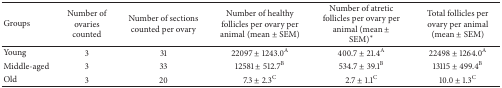
<table><thead><tr><td><b>Groups</b></td><td><b>Number of ovaries counted</b></td><td><b>Number of sections counted per ovary</b></td><td><b>Number of healthy follicles per ovary per animal (mean ± SEM)</b></td><td><b>Number of atretic follicles per ovary per animal (mean ± SEM)<sup><i>∗</i></sup></b></td><td><b>Total follicles per ovary per animal (mean ± SEM)</b></td></tr></thead><tbody><tr><td>Young</td><td>3</td><td>31</td><td>22097 ± 1243.0<sup>A</sup></td><td>400.7 ± 21.4<sup>A</sup></td><td>22498 ± 1264.0<sup>A</sup></td></tr><tr><td>Middle-aged</td><td>3</td><td>33</td><td>12581 ± 512.7<sup>B</sup></td><td>534.7 ± 39.1<sup>B</sup></td><td>13115 ± 499.4<sup>B</sup></td></tr><tr><td>Old</td><td>3</td><td>20</td><td>7.3 ± 2.3<sup>C</sup></td><td>2.7 ± 1.1<sup>C</sup></td><td>10.0 ± 1.3<sup>C</sup></td></tr></tbody></table>